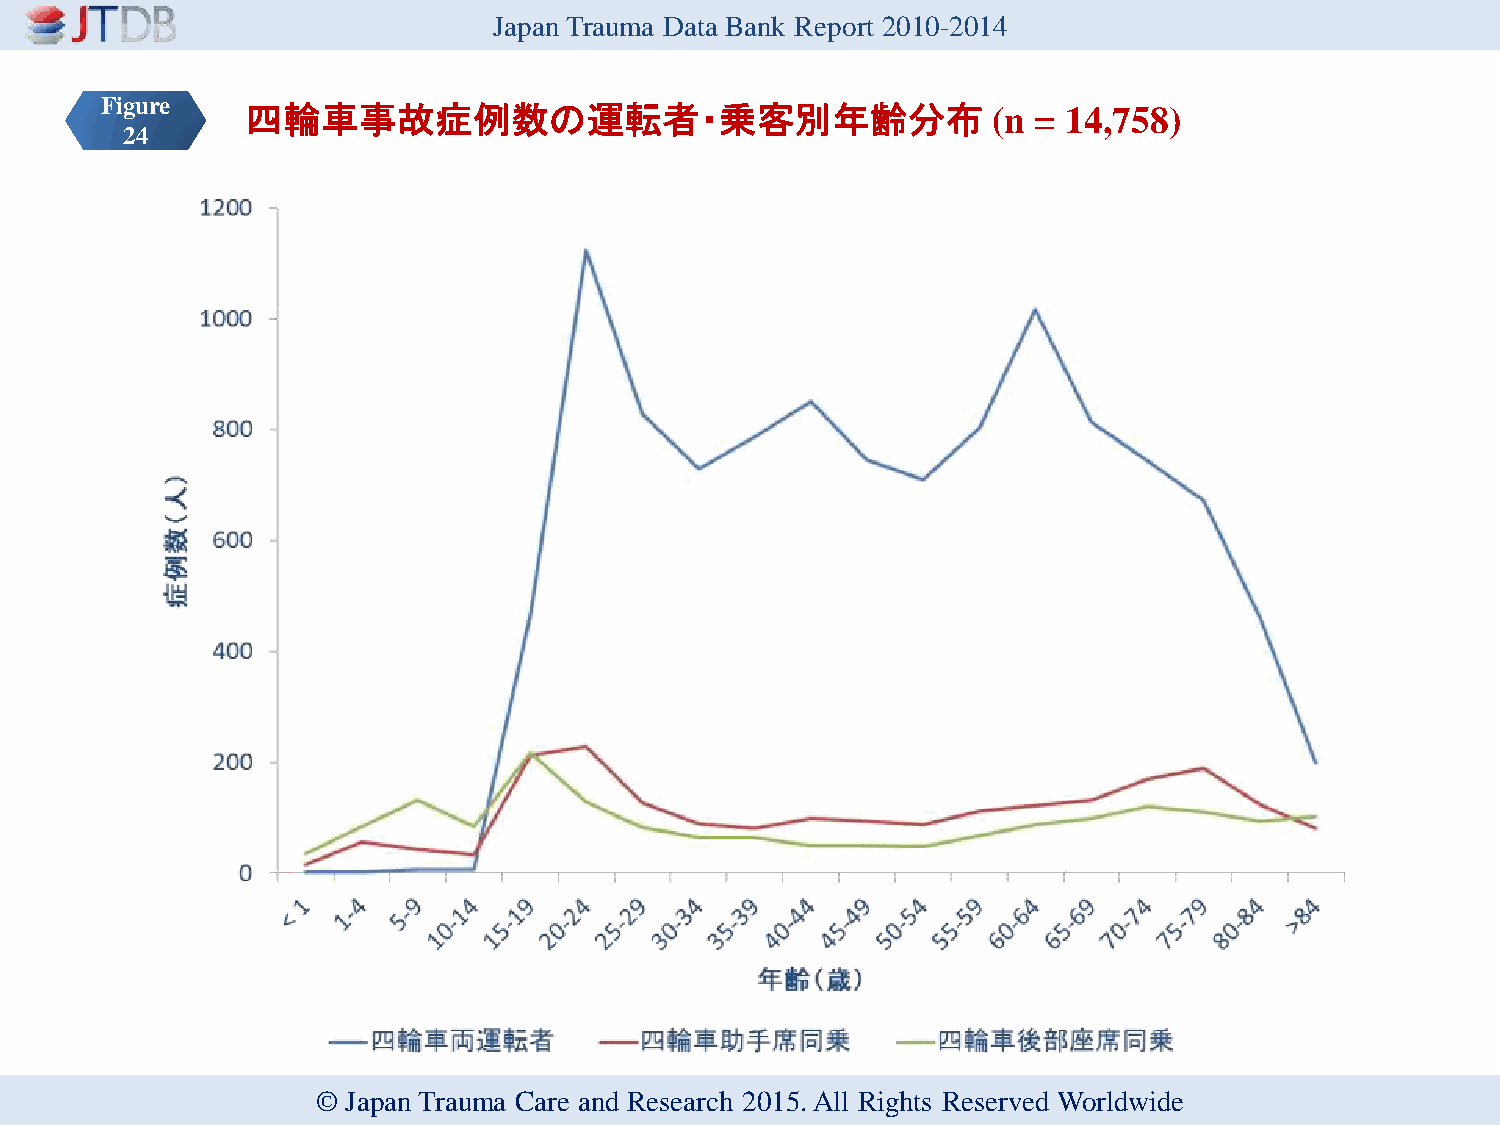
Japan Trauma Data Bank Report 2010-2014
 Figure   四輪車事故症例数の運転者・乗客別年齢分布                              (n = 14,758)
 24
 © Japan Trauma Care and Research 2015. All Rights Reserved Worldwide